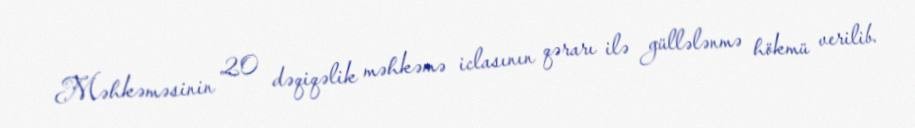
Məhkəməsinin 20 dəqiqəlik məhkəmə iclasının qərarı ilə güllələnmə hökmü verilib.